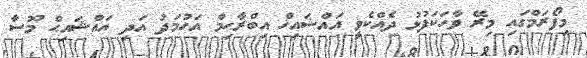
މިފޯރަމްގައި މިރޭ ވާހަކަފުޅު ދެއްކެވީ އައްޝައިޚް އިބްރާޙިމް އަހުމަދު އަދި އައްޝައިޙް މޫސާ